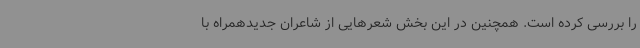
را بررسی کرده است. همچنین در این بخش شعرهایی از شاعران جدیدهمراه با